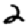
Digit: 2